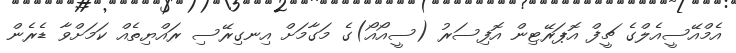
އެމްއޭސީއެލްގެ ޗީފް އޮޕަރޭޓިން އޮފިސަރު (ސީއޯއޯ)ގެ މަގާމަށް އިނގިރޭސި ރައްޔިތެއް ކަމަށްވާ ޑެރެން